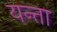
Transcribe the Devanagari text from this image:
यन्ता